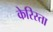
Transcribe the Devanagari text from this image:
केरिस्ता